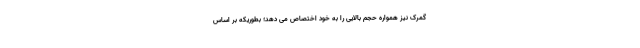
گمرک نیز همواره حجم بالایی را به خود اختصاص می دهد؛ بطوریکه بر اساس